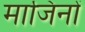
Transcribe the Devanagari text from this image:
माजिनों